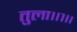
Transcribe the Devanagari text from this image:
तुला।।१।।